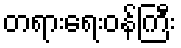
တရားရေးဝန်ကြီး